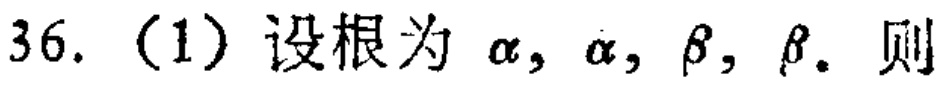
36.（1）设根为\(\alpha,\alpha,\beta,\beta\). 则